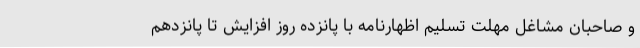
و صاحبان مشاغل مهلت تسلیم اظهارنامه با پانزده روز افزایش تا پانزدهم